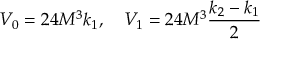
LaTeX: V _ { 0 } = 2 4 M ^ { 3 } k _ { 1 } , ~ ~ ~ V _ { 1 } = 2 4 M ^ { 3 } \frac { k _ { 2 } - k _ { 1 } } { 2 }